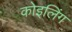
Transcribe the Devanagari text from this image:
कोइलिंग